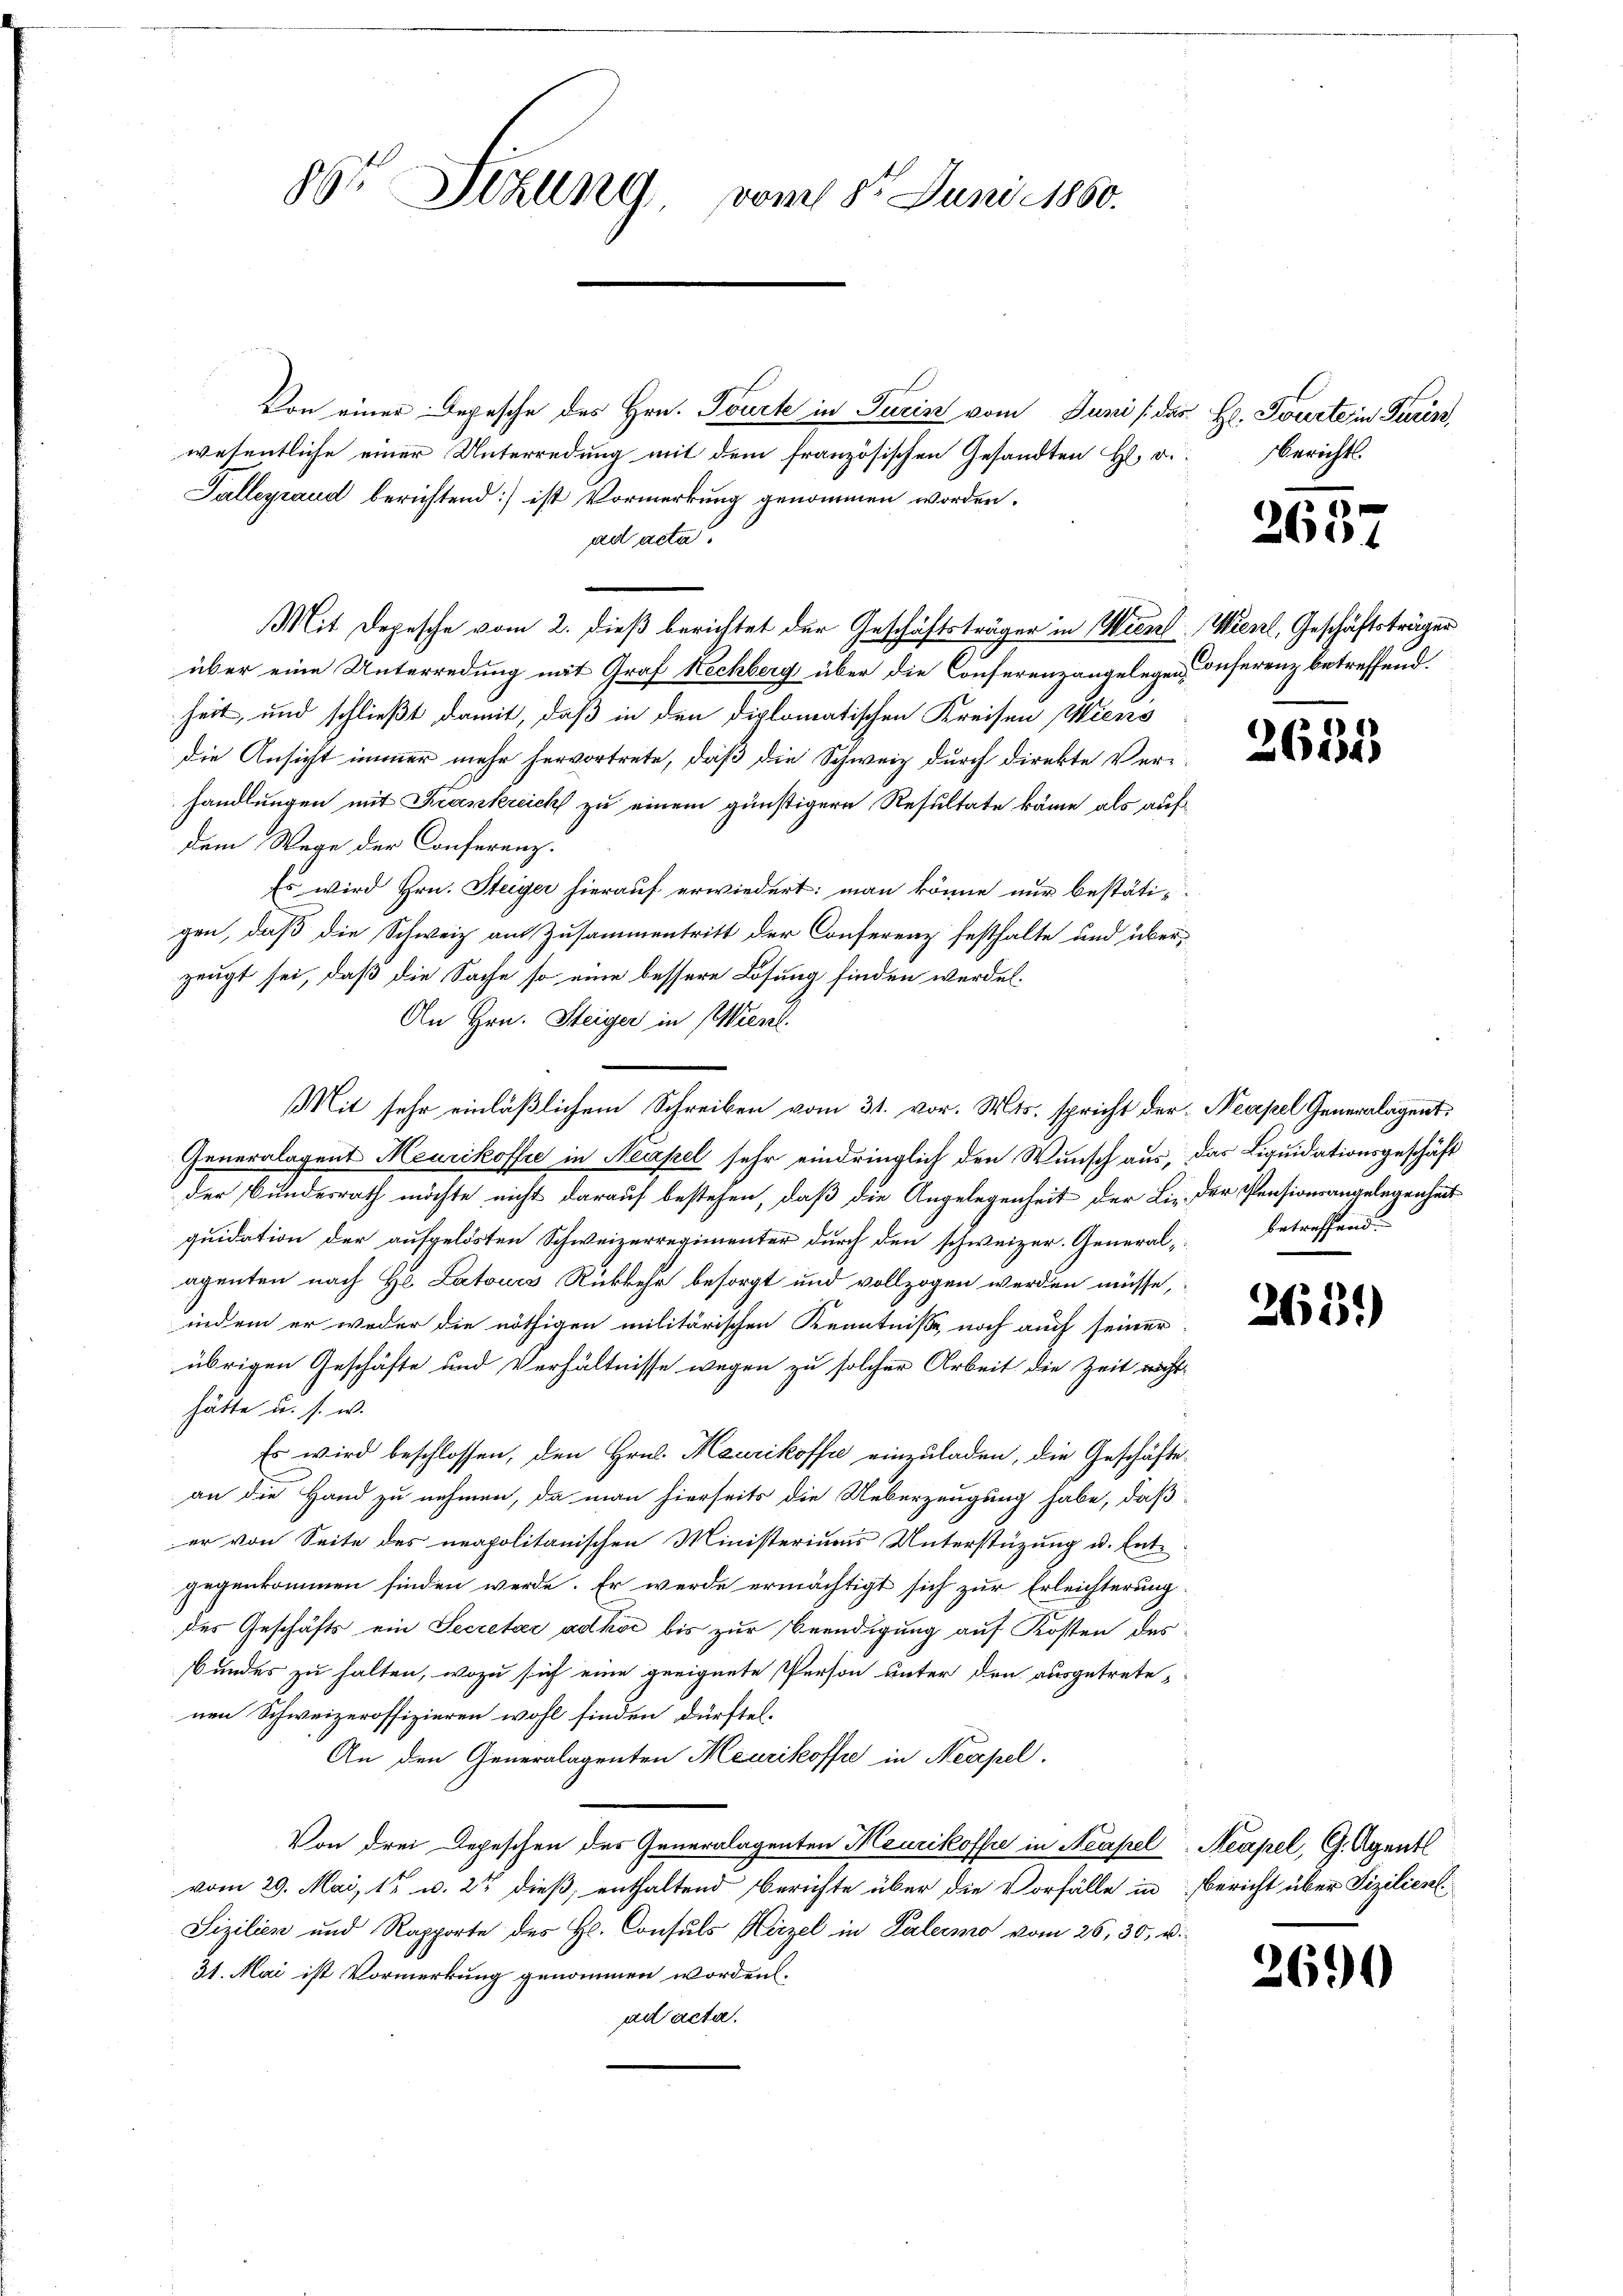
86 Sehling vom 8t Juni 1860.

Von einer Depesche des Hrn. Tourte in Turin vom Juni / des H. Tourte in Turin,
wesentliche einer Unterredung mit dem französischen Gesandten H. v. Berichts-
Salleyrand berichtend:) ist Vormerkung genommen worden.
ad acta.
über eine Unterredung mit Graf Hechberg über die Conferenzangelegen Conferenz betreffend
heit, und schließt damit, daß in den diplomatischen Kreisen Wiens
die Ansicht immer mehr hervortrete, daß die Schweiz durch direkte Verhandlungen mit Krankreich zu einem günstigern Resultate käme als aufdem Wege der Conferenz.
Es wird Hrn. Steiger hierauf erwiedert: man könne nur bestätigen, daß die Schweiz am Zusammentritt der Conferenz festhalte und überzeugt sei, daß die Sache so eine bessere Lösung finden werden.
An Hrn. Steiger in Wiesel
Mit sehr einläßlichem Schreiben vom 31. vor. Mts. spricht der Neapel Generalagent
Generalagent Meurikoffe in Neapel sehr eindringlich den Wunsch aus, das Liquidationsgeschäft
der Bundesrath möchte nicht darauf bestehen, daß die Angelegenheit der Lieder Pensionsangelegenheit
quidation der aufgelösten Schweizerregimenter durch den schweizer. Generalagenten nach H. Latours Rückkehr besorgt und vollzogen werden müsse,
indem er weder die nöthigen militärischen Kenntnisse, noch auch seiner
übrigen Geschäfte und Verhältnisse wegen zu solcher Arbeit die Zeit nicht-
hätte u. s. w.
Es wird beschlossen, den Hrn. Maurikoffe einzuladen, die Geschäfte
an die Hand zu nehmen, da man hierseits die Ueberzeugung habe, daß
er von Seite des neapolitanischen Ministeriums Unterstüzung u. Entgegenkommen finden werde. Er werde ermächtigt sich zur Erleichterung
der Geschäfts ein Secretar adkoc bis zur Beendigung auf Kosten des
Bundes zu halten, wozu sich eine geeignete Person unter den ausgetretenen Schweizeroffizieren wohl finden dürftel.
An den Generalagenten Meurikoffre in Neapel.
Von drei Depeschen des Generalagenten Meurikoffre in Neapel Neapel, G. Agentl
vom 29. Mai 17 u. 2t dieß, enthaltend Berichte über die Vorfälle in Bericht über Sizilienl
Sizilien und Rapporte des H. Consuls Hirzel in Palermo vom 26. 30. v.
31. Mai ist Vormerkung genommen worden.
ad acta.

Mit Depesche vom 2. dieß berichtet der Geschäftsträger in Wienr. Wierl, Geschäftsträger

0
260.

2635

betreffend

263.)

2690